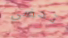
تحضى